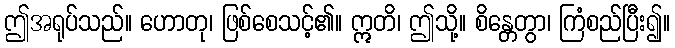
ဤအရုပ်သည်။ ဟောတု၊ ဖြစ်စေသင့်၏။ ဣတိ၊ ဤသို့။ စိန္တေတွာ၊ ကြံစည်ပြီး၍။